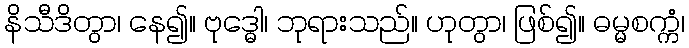
နိသီဒိတွာ၊ နေ၍။ ဗုဒ္ဓေါ၊ ဘုရားသည်။ ဟုတွာ၊ ဖြစ်၍။ ဓမ္မစက္ကံ၊